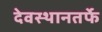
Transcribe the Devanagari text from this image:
देवस्थानतर्फे